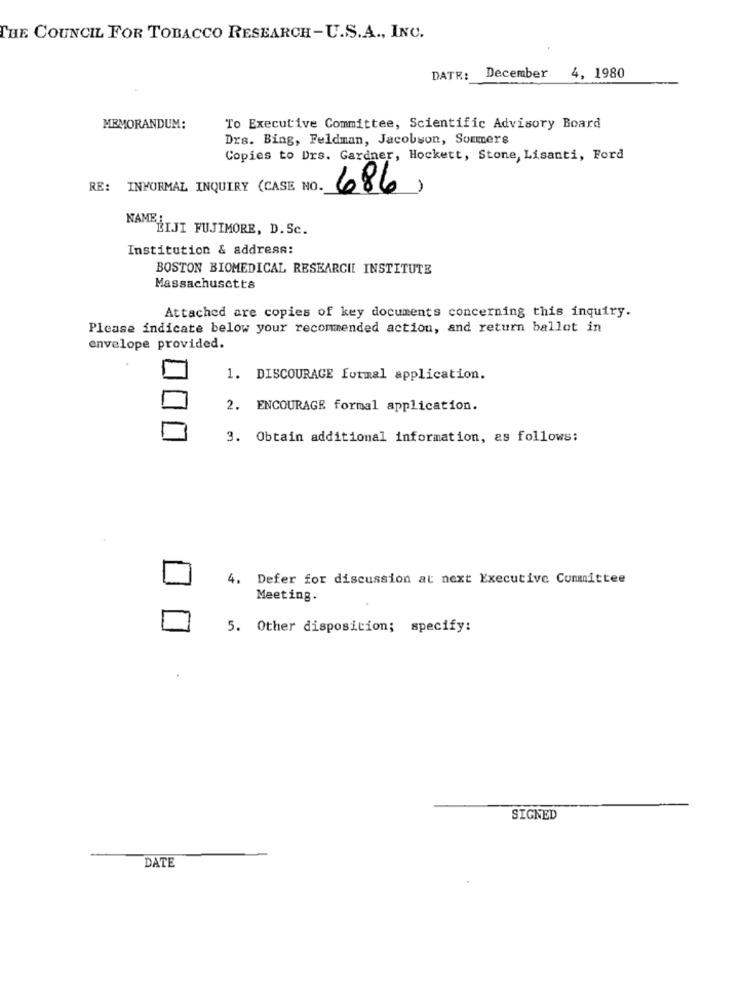
THE COUNCIL FOR TOBACCO RESEARCH-U.S.A ., INC.
DATE:
December
4, 1980
MEMORANDUM:
To Executive Committee, Scientific Advisory Board
Drs. Bing, Feldman, Jacobson, Sommers
Copies to Drs. Gardner, Hockett, Stone, Lisanti, Ford
RE: INFORMAL INQUIRY (CASE NO.
686,
NAMB&LJI FUJIMORE, D. Sc.
Institution & address:
BOSTON BIOMEDICAL RESEARCH INSTITUTE
Massachusetts
Attached are copies of key documents concerning this inquiry.
Please indicate below your recommended action, and return ballot in
envelope provided.
1. DISCOURAGE formal application.
2. ENCOURAGE formal application.
3. Obtain additional information, as follows:
4. Defer for discussion at next Executive Committee
Meeting.
5. Other disposition; specify:
SIGNED
DATE